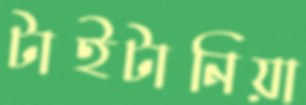
টাইটানিয়া